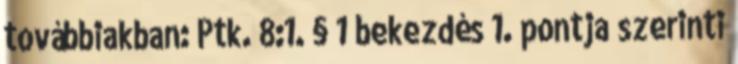
továbbiakban: Ptk. 8:1. § 1 bekezdés 1. pontja szerinti